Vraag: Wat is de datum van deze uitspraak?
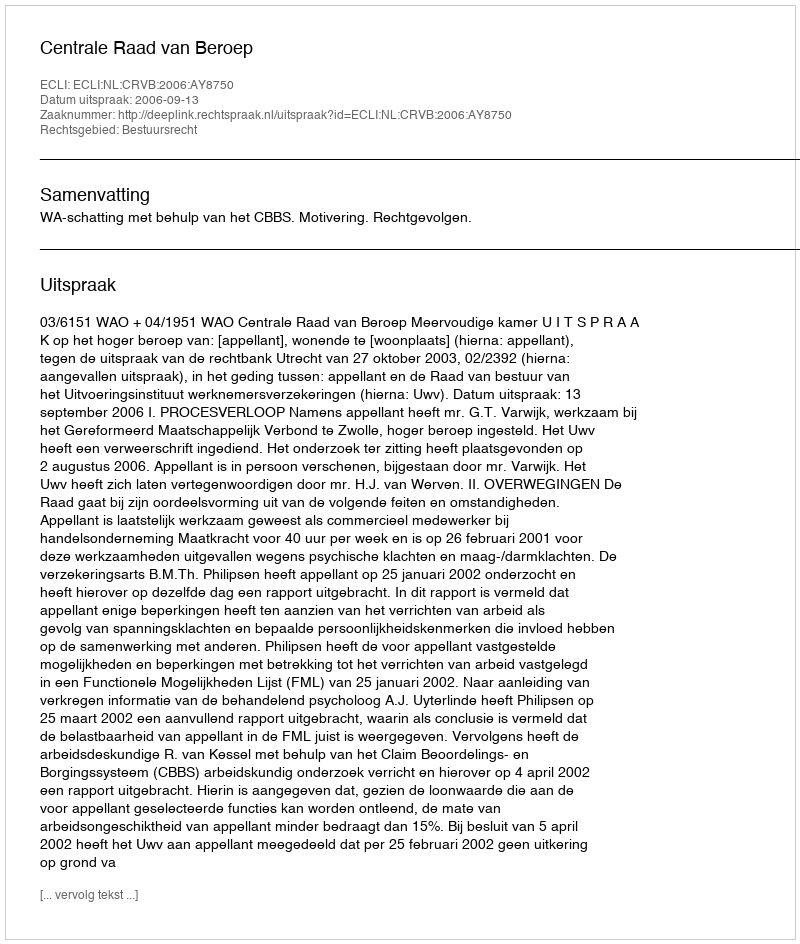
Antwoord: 2006-09-13